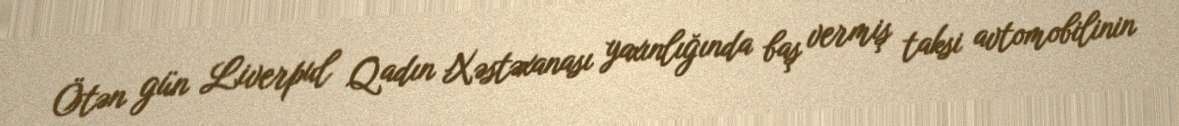
Ötən gün Liverpul Qadın Xəstəxanası yaxınlığında baş vermiş taksi avtomobilinin